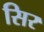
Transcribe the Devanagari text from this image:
सिर